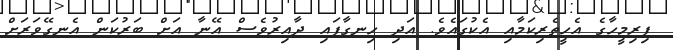
ފިރިމީހާގެ އެހީތެރިކަމާއި އެކުގައެވެ. އަދި ހިނގާފައި ދާއިރުވެސް އޭނާ އަށް ބަރުކަން އެނގޭވަރަށް